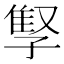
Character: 𫲫